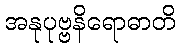
အနုပုဗ္ဗနိရောဓာတိ